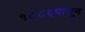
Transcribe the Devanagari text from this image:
१८८६पासून